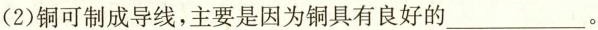
(2)铜可制成导线，主要是因为铜具有良好的___。